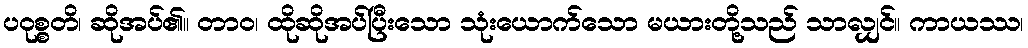
ပဝုစ္စတိ၊ ဆိုအပ်၏။ တာဝ၊ ထိုဆိုအပ်ပြီးသော သုံးယောက်သော မယားတို့သည် သာလျှင်။ ကာယဿ၊